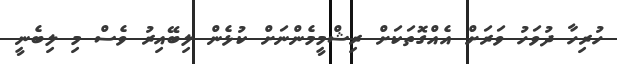
ހުރިހާ ދުވަހު ވަރަށް އެއްގޮތަކަށް ރިޝްމީމެންނަށް ކުޅެން ލިބޭއިރު ވެސް މި ލިބެނީ